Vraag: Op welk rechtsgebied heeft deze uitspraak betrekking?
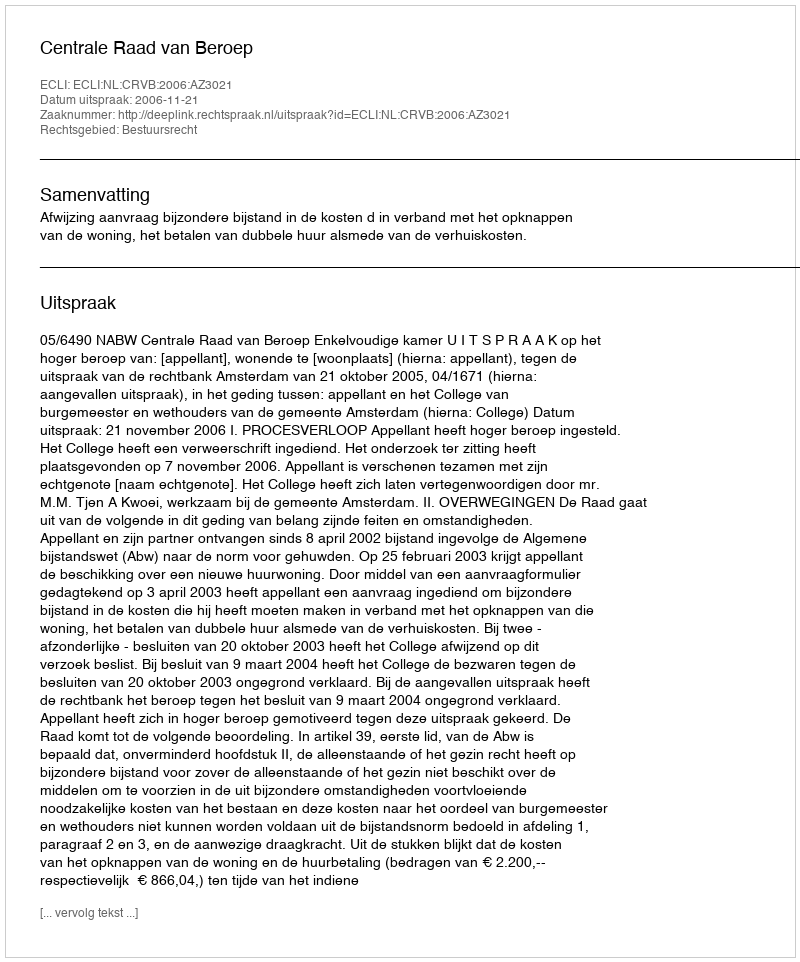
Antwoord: Bestuursrecht